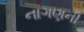
નાગણની